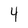
Character: 4